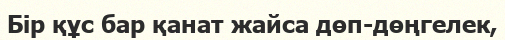
Бір құс бар қанат жайса дөп-дөңгелек,